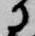
に